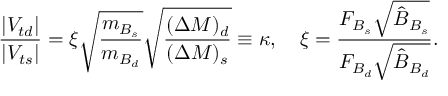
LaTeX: \frac { | V _ { t d } | } { | V _ { t s } | } = \xi \sqrt { \frac { m _ { B _ { s } } } { m _ { B _ { d } } } } \sqrt { \frac { ( \Delta M ) _ { d } } { ( \Delta M ) _ { s } } } \equiv \kappa , \ \ \ \xi = \frac { F _ { B _ { s } } \sqrt { \hat { B } _ { B _ { s } } } } { F _ { B _ { d } } \sqrt { \hat { B } _ { B _ { d } } } } .